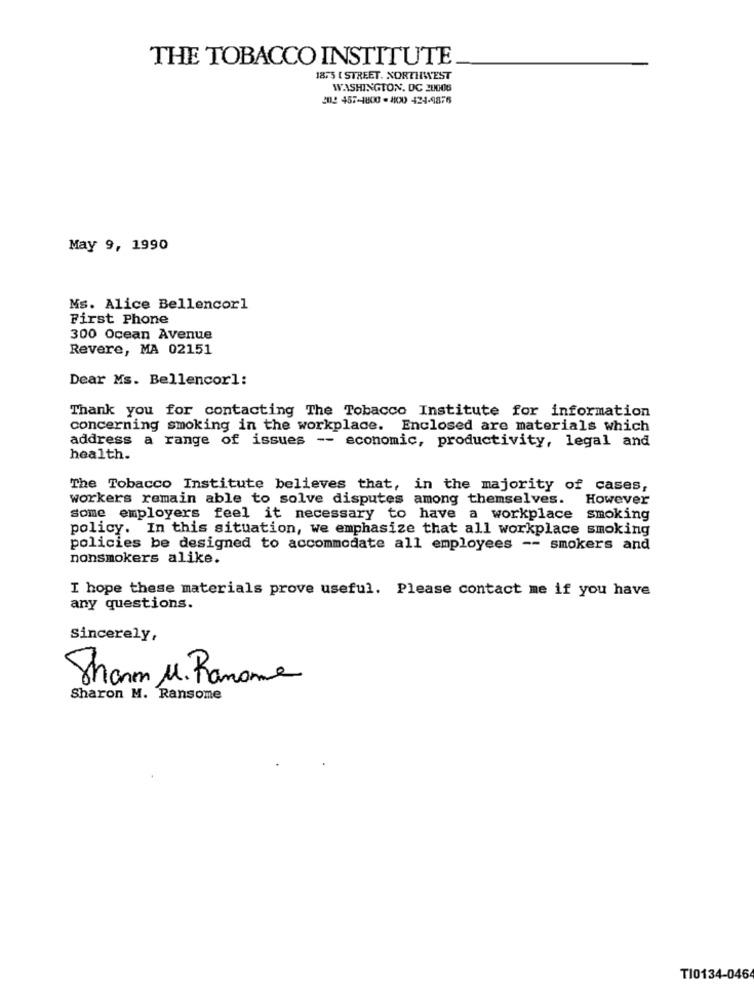
THE TOBACCO INSTITUTE
1875 [ STREET. NORTHWEST
WASHINGTON, DC 20006
20: 457-1800 - 41020 424-9876
May 9, 1990
Ms. Alice Bellencor1
First Phone
300 Ocean Avenue
Revere, MA 02151
Dear Ms. Bellencorl:
Thank you for contacting The Tobacco Institute for information
concerning smoking in the workplace. Enclosed are materials which
address a range of issues -- economic, productivity, legal and
health.
The Tobacco Institute believes that, in the majority of cases,
workers remain able to solve disputes among themselves.
However
Some employers feel it necessary to have a workplace smoking
policy. In this situation, we emphasize that all workplace smoking
policies be designed to accommodate all employees -- smokers and
nonsmokers alike.
I hope these materials prove useful. Please contact me if you have
any questions.
Sincerely,
Sharm M. Raname
Sharon M. Ransome
TI0134-0464